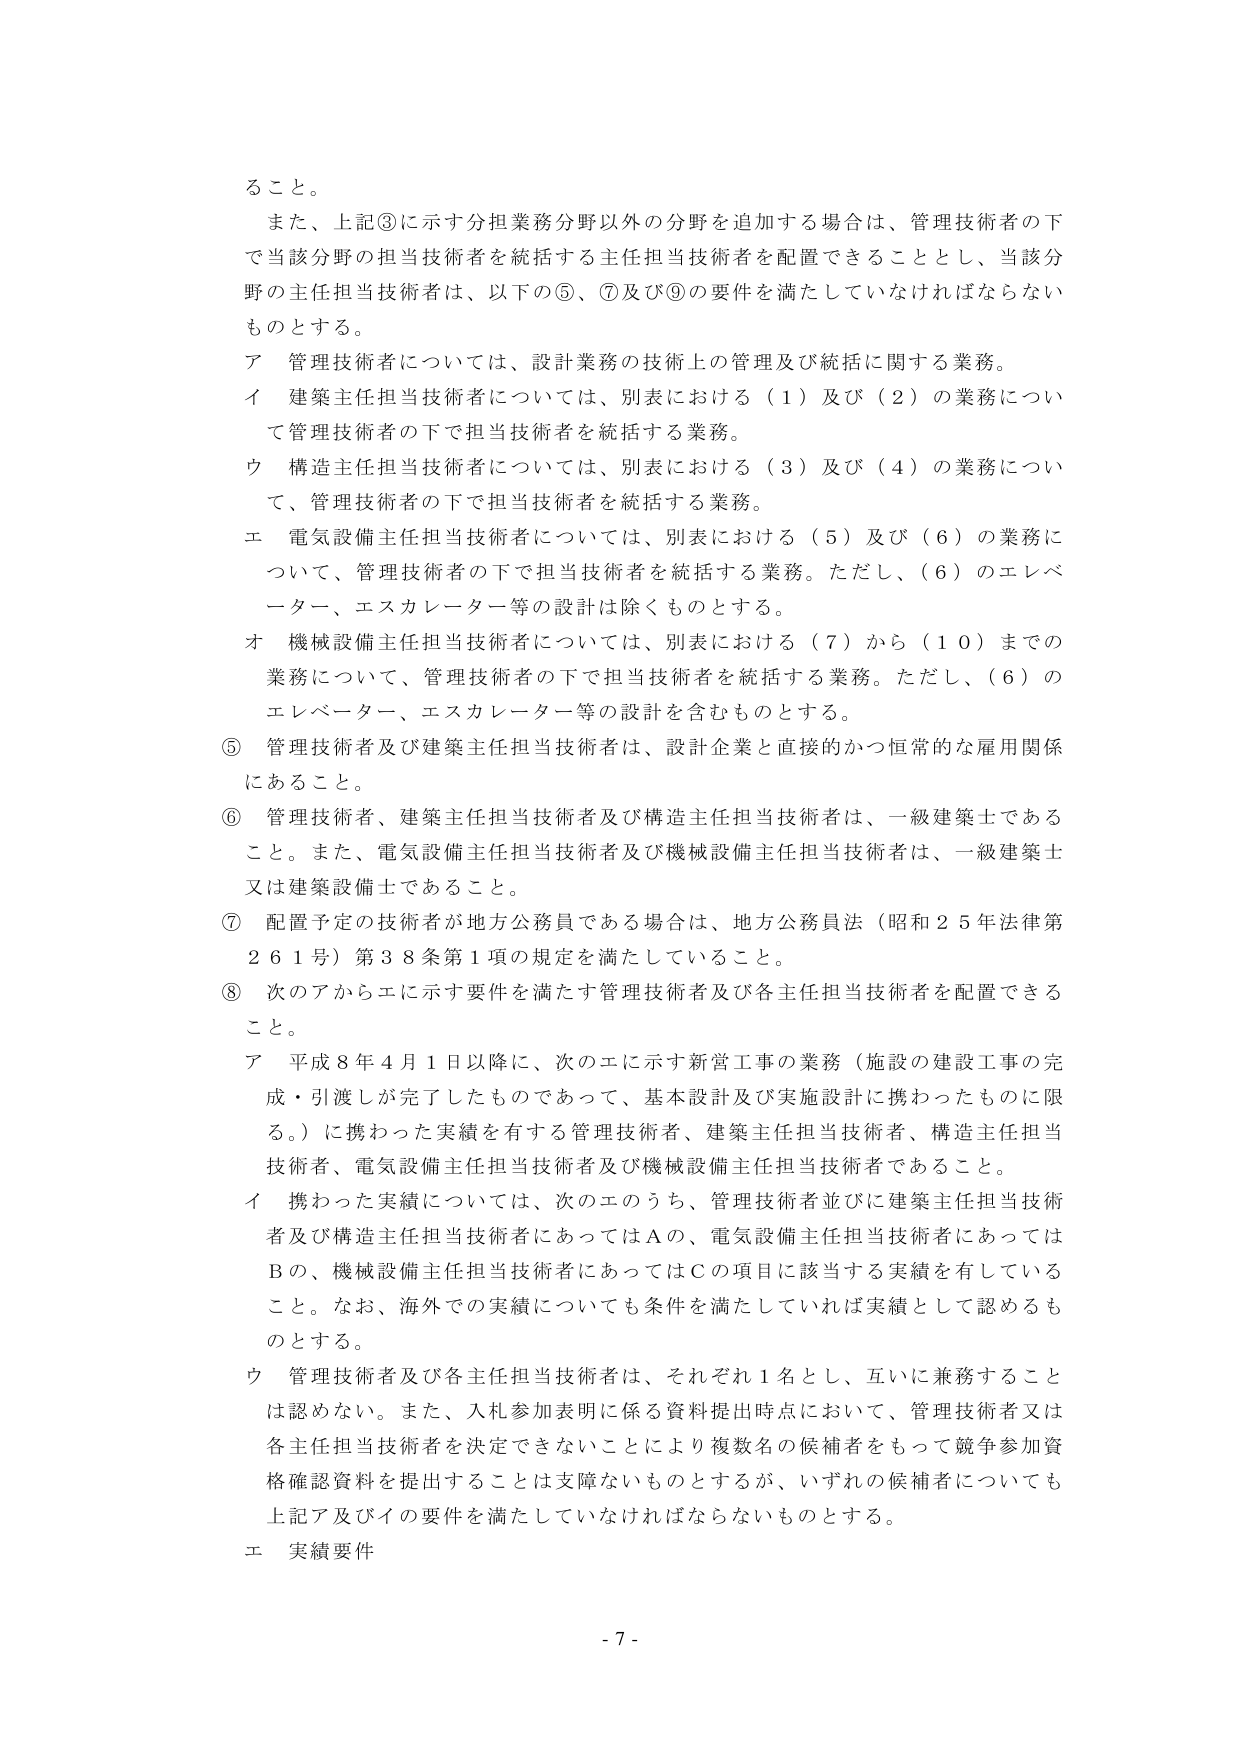
ること。

また、上記③に示す分担業務分野以外の分野を追加する場合は、管理技術者の下で当該分野の担当技術者を統括する主任担当技術者を配置できることとし、当該分野の主任担当技術者は、以下の⑤、⑦及び⑨の要件を満たしていなければならないものとする。

ア 管理技術者については、設計業務の技術上の管理及び統括に関する業務。

イ 建築主任担当技術者については、別表における（１）及び（２）の業務について管理技術者の下で担当技術者を統括する業務。

ウ 構造主任担当技術者については、別表における（３）及び（４）の業務について、管理技術者の下で担当技術者を統括する業務。

エ 電気設備主任担当技術者については、別表における（５）及び（６）の業務について、管理技術者の下で担当技術者を統括する業務。ただし、（６）のエレベーター、エスカレーター等の設計は除くものとする。

オ 機械設備主任担当技術者については、別表における（７）から（１０）までの業務について、管理技術者の下で担当技術者を統括する業務。ただし、（６）のエレベーター、エスカレーター等の設計を含むものとする。

⑤ 管理技術者及び建築主任担当技術者は、設計企業と直接的かつ恒常的な雇用関係にあること。

⑥ 管理技術者、建築主任担当技術者及び構造主任担当技術者は、一級建築士であること。また、電気設備主任担当技術者及び機械設備主任担当技術者は、一級建築士又は建築設備士であること。

⑦ 配置予定の技術者が地方公務員である場合は、地方公務員法（昭和２５年法律第２６１号）第３８条第１項の規定を満たしていること。

⑧ 次のアからエに示す要件を満たす管理技術者及び各主任担当技術者を配置できること。

ア 平成８年４月１日以降に、次のエに示す新営工事の業務（施設の建設工事の完成・引渡しが完了したものであって、基本設計及び実施設計に携わったものに限る。）に携わった実績を有する管理技術者、建築主任担当技術者、構造主任担当技術者、電気設備主任担当技術者及び機械設備主任担当技術者であること。

イ 携わった実績については、次のエのうち、管理技術者並びに建築主任担当技術者及び構造主任担当技術者にあってはＡの、電気設備主任担当技術者にあってはＢの、機械設備主任担当技術者にあってはＣの項目に該当する実績を有していること。なお、海外での実績についても条件を満たしていれば実績として認めるものとする。

ウ 管理技術者及び各主任担当技術者は、それぞれ１名とし、互いに兼務することは認めない。また、入札参加表明に係る資料提出時点において、管理技術者又は各主任担当技術者を決定できないことにより複数名の候補者をもって競争参加資格確認資料を提出することは支障ないものとするが、いずれの候補者についても上記ア及びイの要件を満たしていなければならないものとする。

エ 実績要件

- 7 -